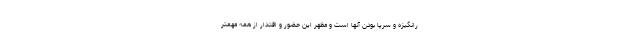
رانگیزه و سرپا بودن آنها است و مظهر این حضور و اقتدار از همه مهمتر